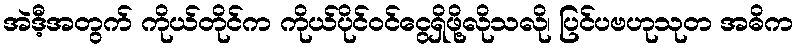
အဲဒီ့အတွက် ကိုယ်တိုင်က ကိုယ်ပိုင်ဝင်ငွေရှိဖို့လိုသလို၊ ပြင်ပဗဟုသုတ အဓိက